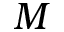
M